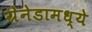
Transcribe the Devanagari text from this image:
ग्रेनेडामध्ये